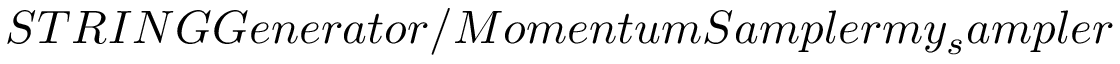
S T R I N G G e n e r a t o r / M o m e n t u m S a m p l e r m y _ { s } a m p l e r